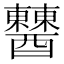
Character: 𨣹